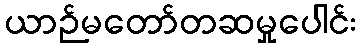
ယာဉ်မတော်တဆမှုပေါင်း